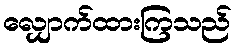
လျှောက်ထားကြသည်